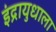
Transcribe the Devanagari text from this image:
इंद्रायुधाला